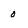
Character: 0